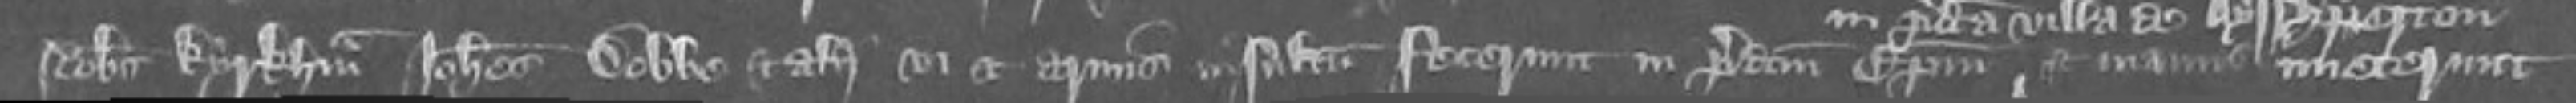
Robertus Kyrkham Johannes Dobbe et alii vi et armis insultum fecerunt in predictum episcopum et manus injecerunt